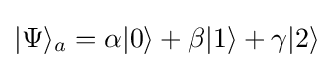
|\mathrm {\Psi } \rangle _{a}=\alpha |0\rangle +\beta |1\rangle +\gamma |2\rangle